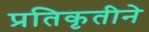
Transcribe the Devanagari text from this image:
प्रतिकृतीने